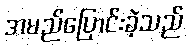
အမည်ပြောင်းခဲ့သည်